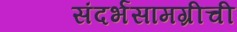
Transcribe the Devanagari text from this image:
संदर्भसामग्रीची